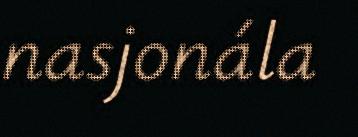
nasjonála